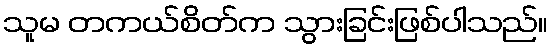
သူမ တကယ်စိတ်က သွားခြင်းဖြစ်ပါသည်။